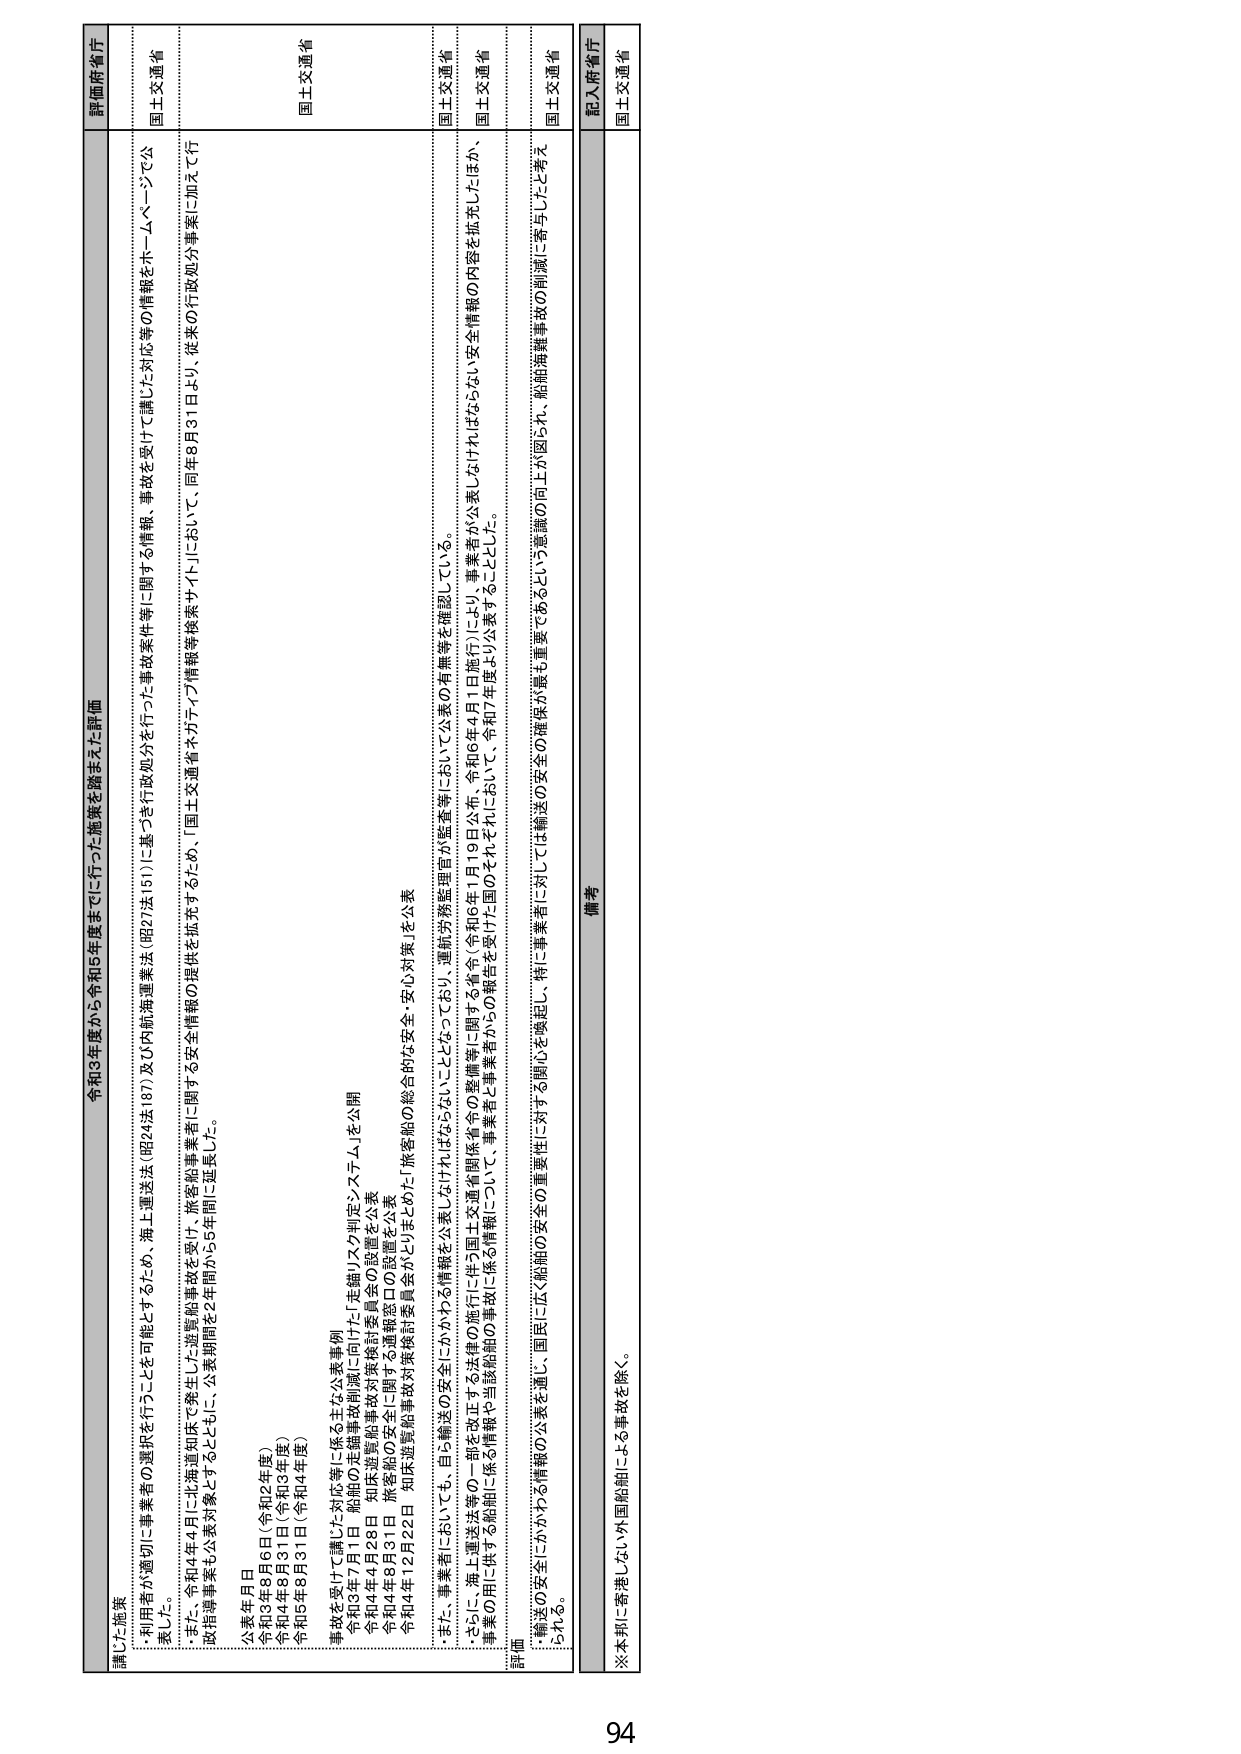
令和3年度から令和5年度までに行った施策を踏まえた評価

講じた施策
・利用者が適切に事業者の選択を行うことを可能とするため、海上運送法（昭24法187）及び内航海運業法（昭27法151）に基づき行政処分を行った事故案件等に関する情報、事故を受けた対応等の情報をホームページで公表した。
・また、令和4年4月に北海道知床で発生した遊覧船事故を受け、旅客船事業者に関する安全情報の提供を拡充するため、「国土交通省ネクスト・情報等検索サイト」において、同年8月31日より、従来の行政処分事案に加えて行政指導事案も公表対象とするとともに、公表期間を2年間から5年間に延長した。

公表年月日
令和3年8月6日（令和2年度）
令和4年8月31日（令和3年度）
令和5年8月31日（令和4年度）

事故を受けた調査に対応等に係る主な公表事例
令和3年7月1日 船舶の定錨事故削減に向けた「定錨リスク判定システム」を公開
令和4年4月28日 知床遊覧船事故対策検討委員会の設置を公表
令和4年8月31日 旅客船の安全に関する通報窓口の設置を公表
令和4年12月22日 知床遊覧船事故対策検討委員会からまとめた「旅客船の総合的な安全・安心対策」を公表

・また、事業者に於いても、自ら輸送の安全にかかわる情報を公表しそうにすればならないこととなっており、運航渉務監理官が監査等において公表の有無等を確認している。
・さらに、海上運送法等の一部を改正する法律の施行に伴う国土交通省関係法令の整備等に関する省令（令和6年1月19日公布、令和6年4月1日施行）により、事業者が公表しなければならない安全情報の内容を拡充したほか、事業者の用に供する船舶に係る情報や当該船舶の事故について、事業者と事業者から5の報告を受けた国のそれぞれについて、令和7年度より公表することとした。

評価
・輸送の安全にかかわる情報の公表を通じ、国民に広く船舶の安全の重要性に対する関心を喚起し、特に事業者に対しては輸送の安全の確保が最も重要であるという意識の向上が図られ、船舶海難事故の削減に寄与したと考えられる。

評価府省庁
国土交通省
国土交通省
国土交通省
国土交通省
国土交通省

備考
記入府省庁
国土交通省

※本邦に寄港しない外国船舶による事故を除く。

94